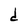
Character: d